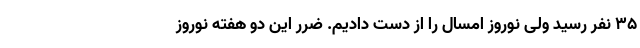
۳۵ نفر رسید ولی نوروز امسال را از دست دادیم. ضرر این دو هفته نوروز